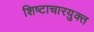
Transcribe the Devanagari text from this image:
शिष्टाचारयुक्त